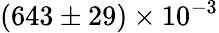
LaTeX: (643\pm 29)\times 10^{-3}